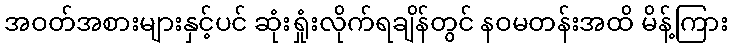
အဝတ်အစားများနှင့်ပင် ဆုံးရှုံးလိုက်ရချိန်တွင် နဝမတန်းအထိ မိန့်ကြား